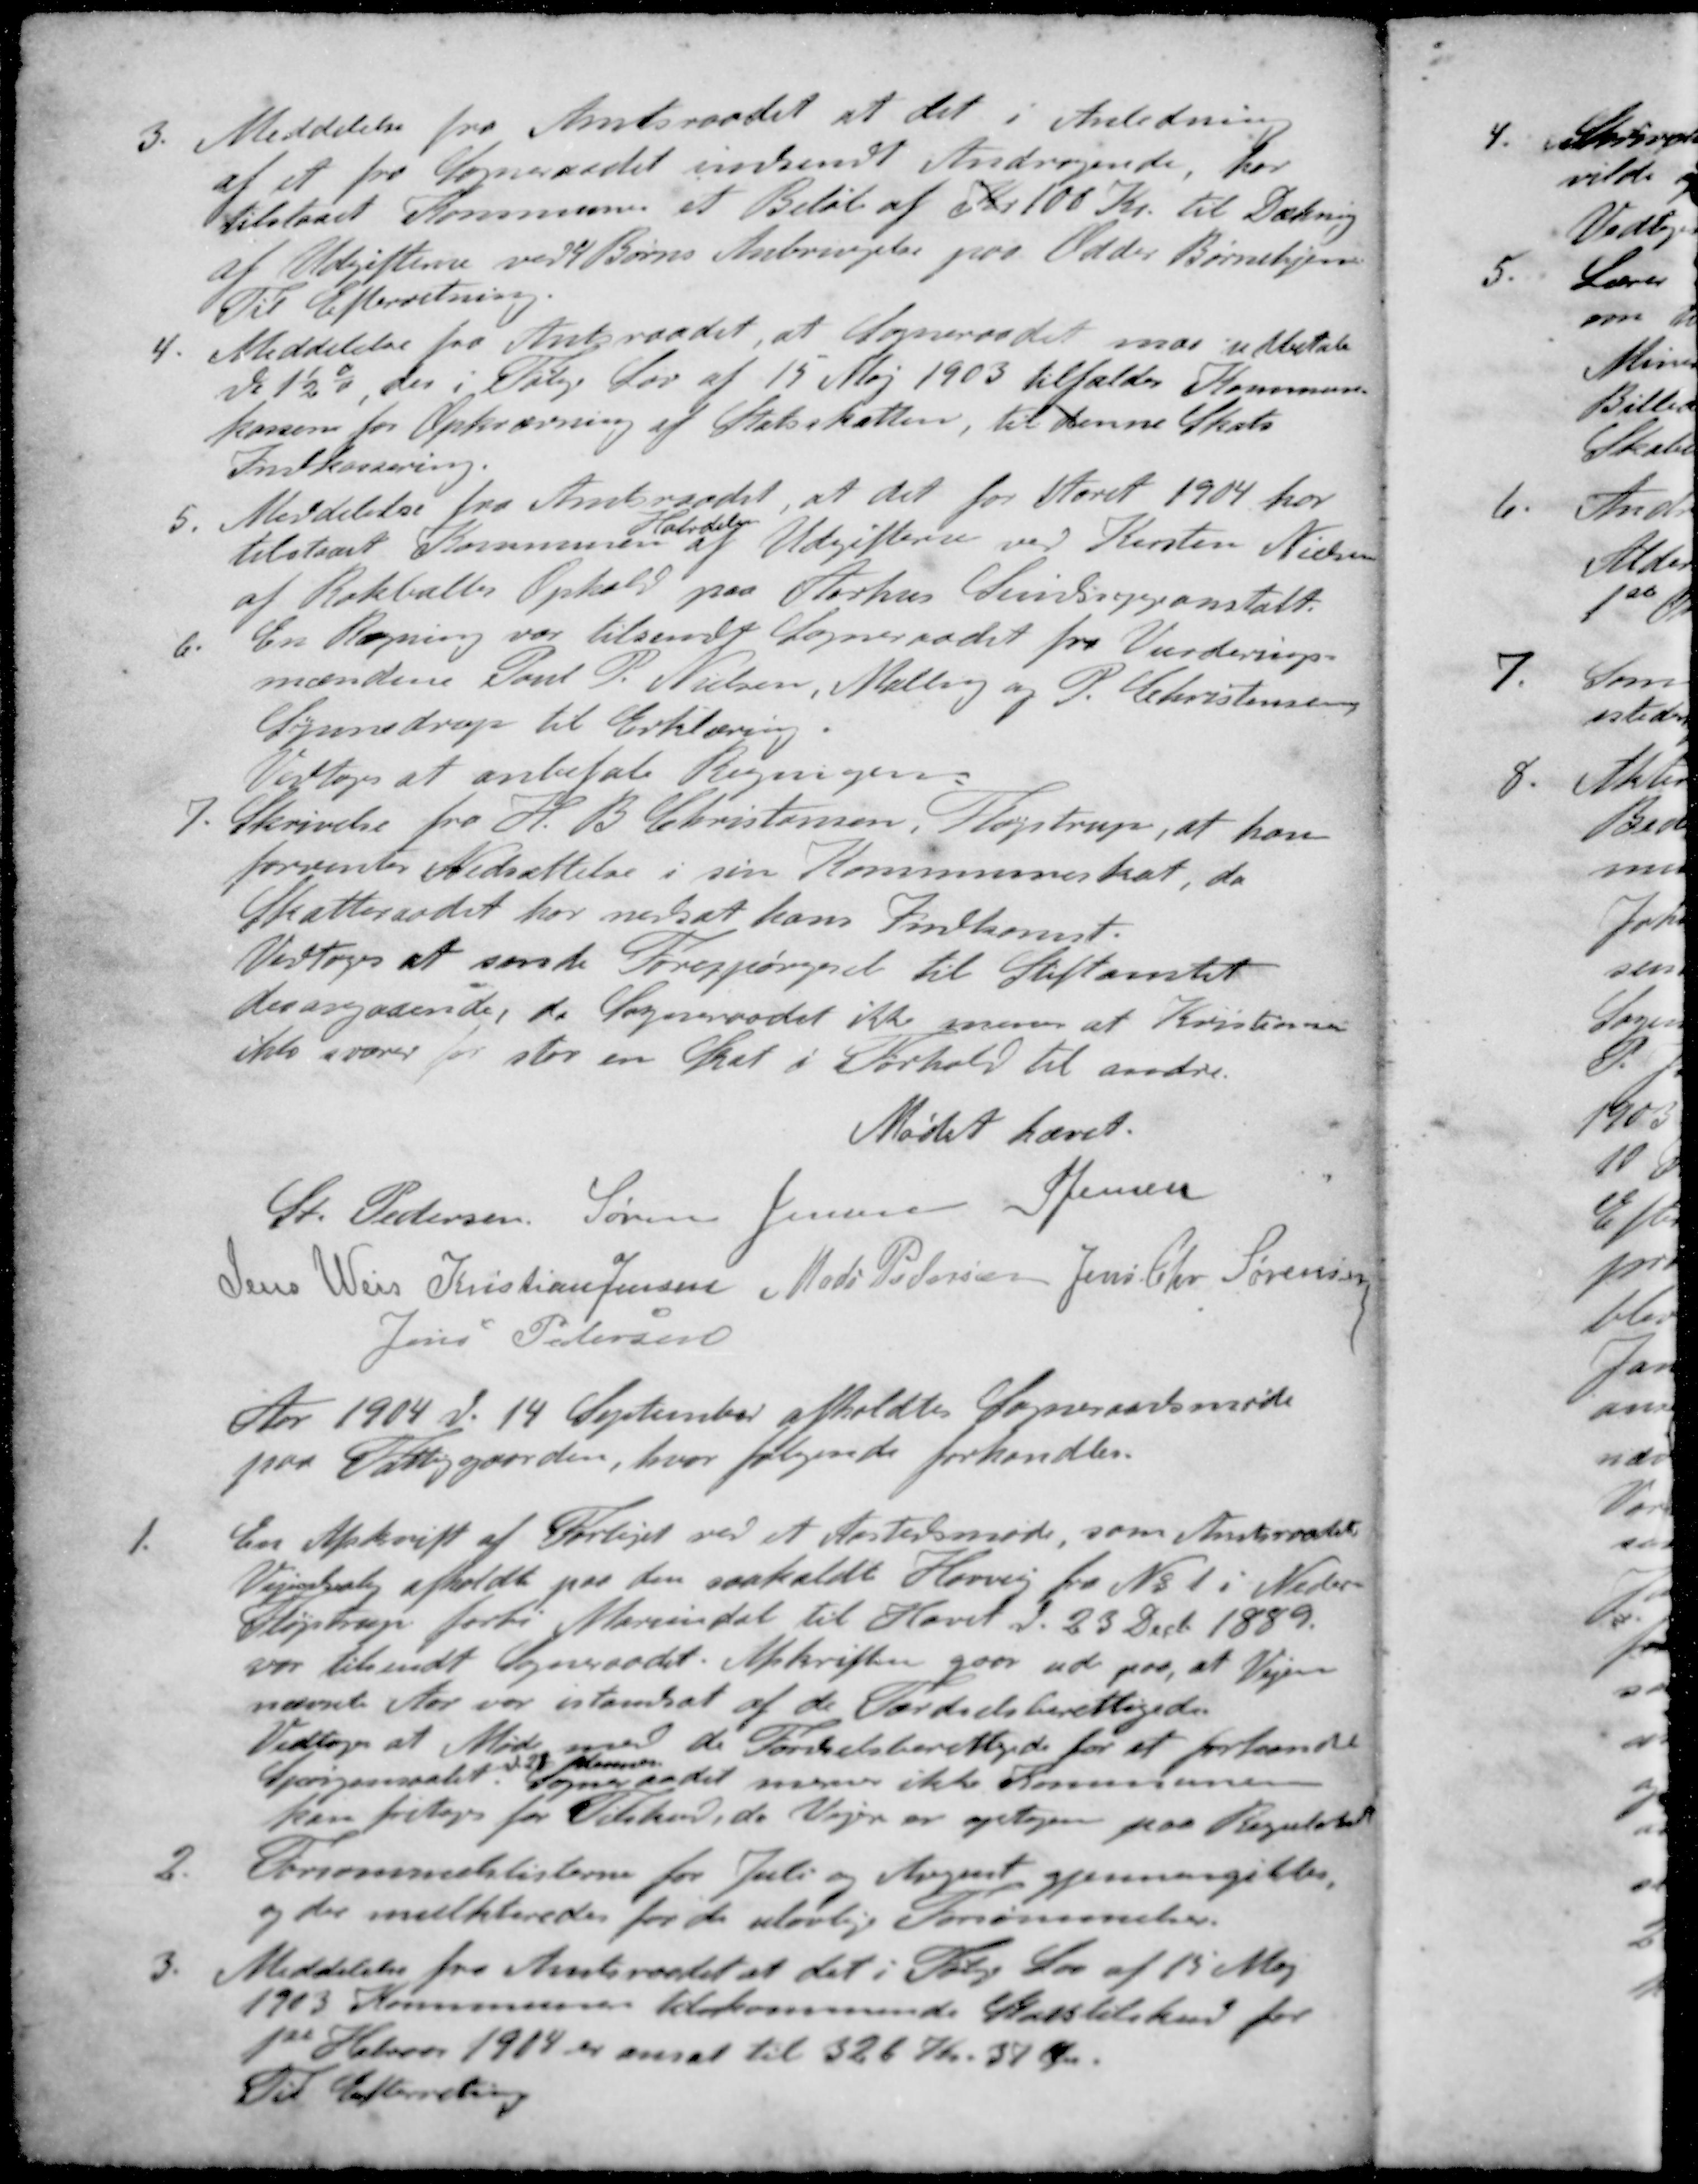
Transskription:
3. Meddelelse fra Amtsraadet at det i Anledning
at et fra Sogneraadet indsendt Andragende, har
tilstaaet Kommunen et Beløb af Kr. 100 Kr. til Dækning
af Udgifterne ved 4 Børns Anbringelse paa Odder Børnehjem
Til Efterretning.
4. Meddelelse fra Amtsraadet, at Sogneraadet maa udbetale
d. 1½% der i Følge Lov af 15 Maj 1903 tilfalder Kommune-
kassen for Opkrævning af Statsskatten, til denne Skats
Indkassering.
5. Meddelelse fra Amtsraadet, at det for Aaret 1904 har
Halvdelen
tilstaaet Kommunen af Udgifterne ved Kirsten Nielsen
af Rokballes Ophold paa Aarhus Sindssygeanstalt.
6. En Regning var tilsendt Sogneraadet fra Vurderings-
mændene Poul P. Nielsen, Malling og P. Christensen
Synnedrup til Erklæring
Vedtoges at anbefale Regningen.
7. Skrivelse fra H. B Christensen, Fløjstrup, at han
forventer Nedsættelse i sin Kommuneskat, da
Skatteraadet har nedsat hans Indkomst.
Vedtoges at sende Forespørgsel til Stiftamtet
desangaaende, da Sogneraadet ikke menes at Kristiansen
ikke svarer for stor en Skat i Forhold til andre
Mødet hævet.
St Pedersen
Søren Jensen
S Jensen
Jens Weis
Kristian Jensen
Mads Pedersen
Jens Chr Sørensen
Jens Petersen
Aar 1904 d. 14 September afholdtes Sogneraadsmøde
paa Fattiggaarden, hvor følgende forhandles.
1 En Afskrift af Forliget ved et Aastedsmøde, som Amtsraadet
Vejudvalg afholdt paa den saakaldt Havvej fra No 1 i Neder-
Fløjstrup forbi Mariendal til Havet d. 23 Decb. 1889.
var tilsendt Sogneraadet. Afskriften gaar ud paa, at Vejen
nævnte Aar var istandsat af de Færdselsberettigede
Vedtoges et Møde med de Færdselsberettigede for at forhandle
Spørgsmaalet den 23 dennes
Sogneraadet mener ikke Kommunen
kan fritages for Tilskud, da Vejen er optagen paa Regulativet
2. Forsømmelslisterne for Juli og August gjennergikkes
og der mulkteredes for de ulovlige Forsømmelse.
3. Meddelelse fra Amtsraadet at det i Følge Lov af 15 Maj
1903 Kommunen tilkommende Statstilskud for
1st Halvaar 1904 er ansat til 326 Kr. 37 Øre.
Til Efterretning